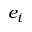
e _ { t }